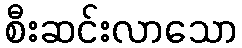
စီးဆင်းလာသော